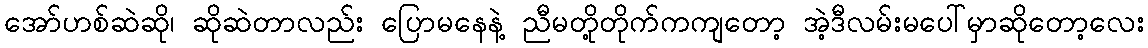
အော်ဟစ်ဆဲဆို၊ ဆိုဆဲတာလည်း ပြောမနေနဲ့ ညီမတို့တိုက်ကကျတော့ အဲ့ဒီလမ်းမပေါ်မှာဆိုတော့လေး